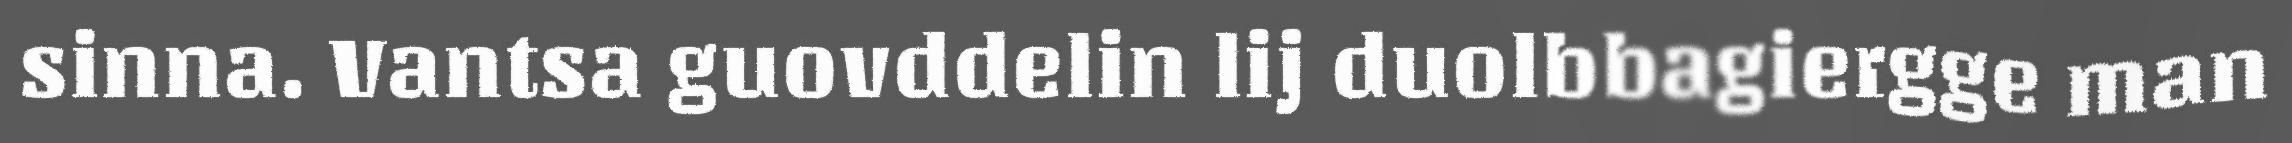
sinna. Vantsa guovddelin lij duolbbagiergge man